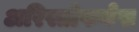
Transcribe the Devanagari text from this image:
अरिस्तोफनेस